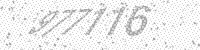
Solution: 977116